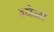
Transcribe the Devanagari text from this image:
३वेळा